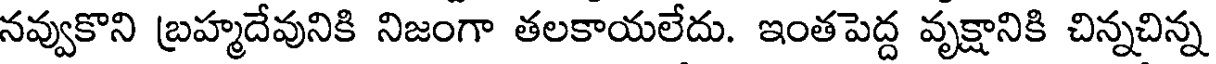
నవ్వుకొని బ్రహ్మదేవునికి నిజంగా తలకాయలేదు. ఇంతపెద్ద వృక్షానికి చిన్నచిన్న